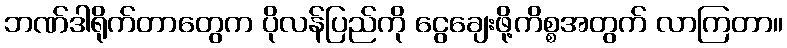
ဘဏ်ဒါရိုက်တာတွေက ပိုလန်ပြည်ကို ငွေချေးဖို့ကိစ္စအတွက် လာကြတာ။